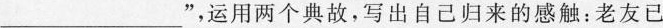
___”，运用两个典故，写出自己归来的感触：老友已